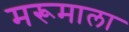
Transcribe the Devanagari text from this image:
मरूमाला